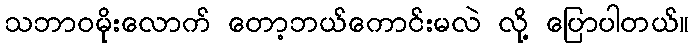
သဘာဝမိုးလောက် တော့ဘယ်ကောင်းမလဲ လို့ ပြောပါတယ်။